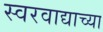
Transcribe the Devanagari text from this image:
स्वरवाद्याच्या